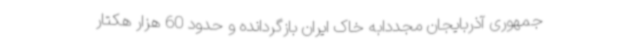
جمهوری آذربایجان مجددابه خاک ایران بازگردانده و حدود 60 هزار هکتار